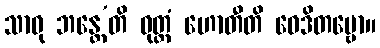
သာဓု ဘန္တေ’တိ ဝုတ္တံ ဟောတီတိ ဝေဒိတဗ္ဗော။